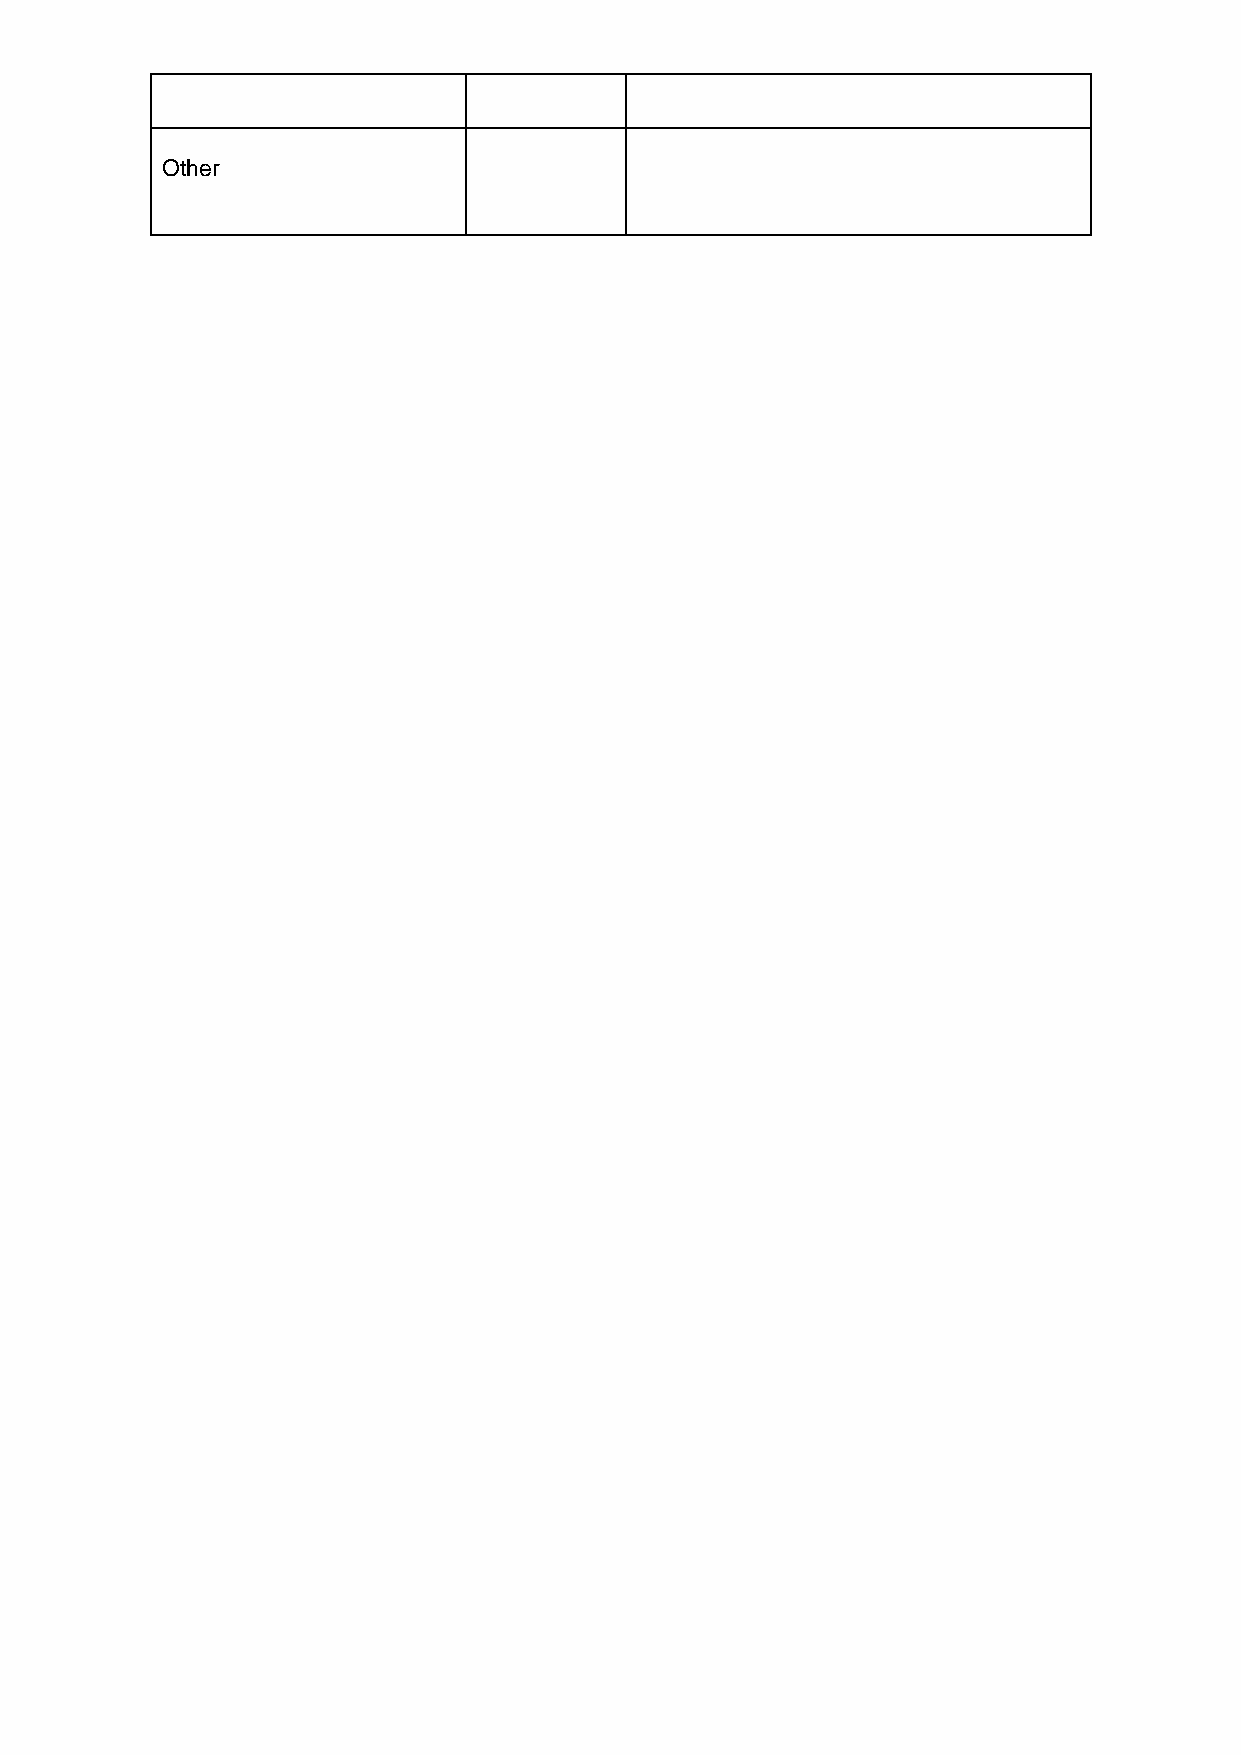
Other